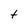
Character: t